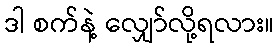
ဒါ စက်နဲ့ လျှော်လို့ရလား။